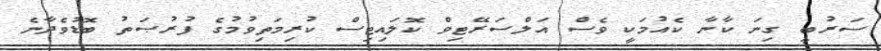
ސަރުބީ ގިނަ ކާނާ ކެއުމަކީ ވެސް އަލްސަރޭޓިވް ކޮލައިޓިސް ކުރިމަތިވުމުގެ ފުރުޞަތު ބޮޑުވެދާނެ